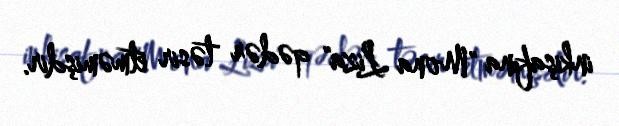
inkişafına "Mona Liza" qədər təsir etməmişdir.